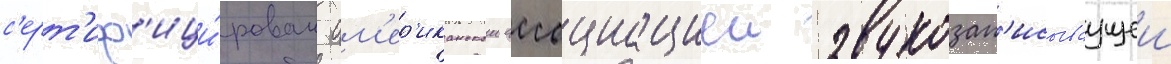
с'ерт'иф'ици́рован ам'ер'иканскои ассоциациеи звукозап'исываущеи